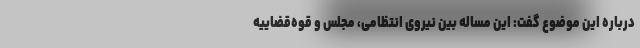
درباره این موضوع گفت: این مساله بین نیروی انتظامی، مجلس و قوه‌قضاییه